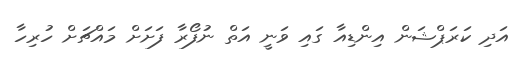
އަދި ކަރަޕްޝަން އިންޑިއާ ގައި ވަނީ އަތް ނުފޯރާ ފަށަށް މައްޗަށް ހުރިހާ